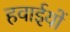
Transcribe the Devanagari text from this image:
हवाईयों